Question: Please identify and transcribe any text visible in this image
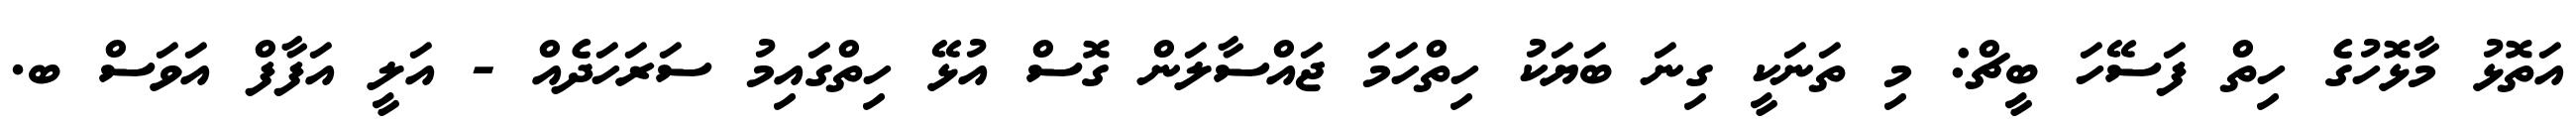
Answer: އަތޮޅު މާޅޮހުގެ ހިތް ފަސޭހަ ބީޗް: މި ތަނަކީ ގިނަ ބަޔަކު ހިތްހަމަ ޖައްސާލަން ގޮސް އުޅޭ ހިތްގައިމު ސަރަހަދެއް - އަލީ އަފާފް އަވަސް ބ.